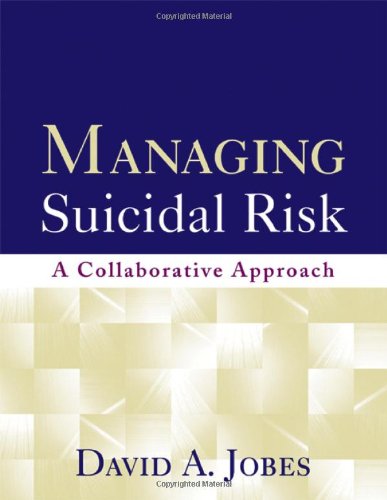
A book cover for Managing Suicidal Risk: A Collaborative Approach; David A. Jobes; Self-Help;